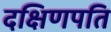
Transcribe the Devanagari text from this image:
दक्षिणपति